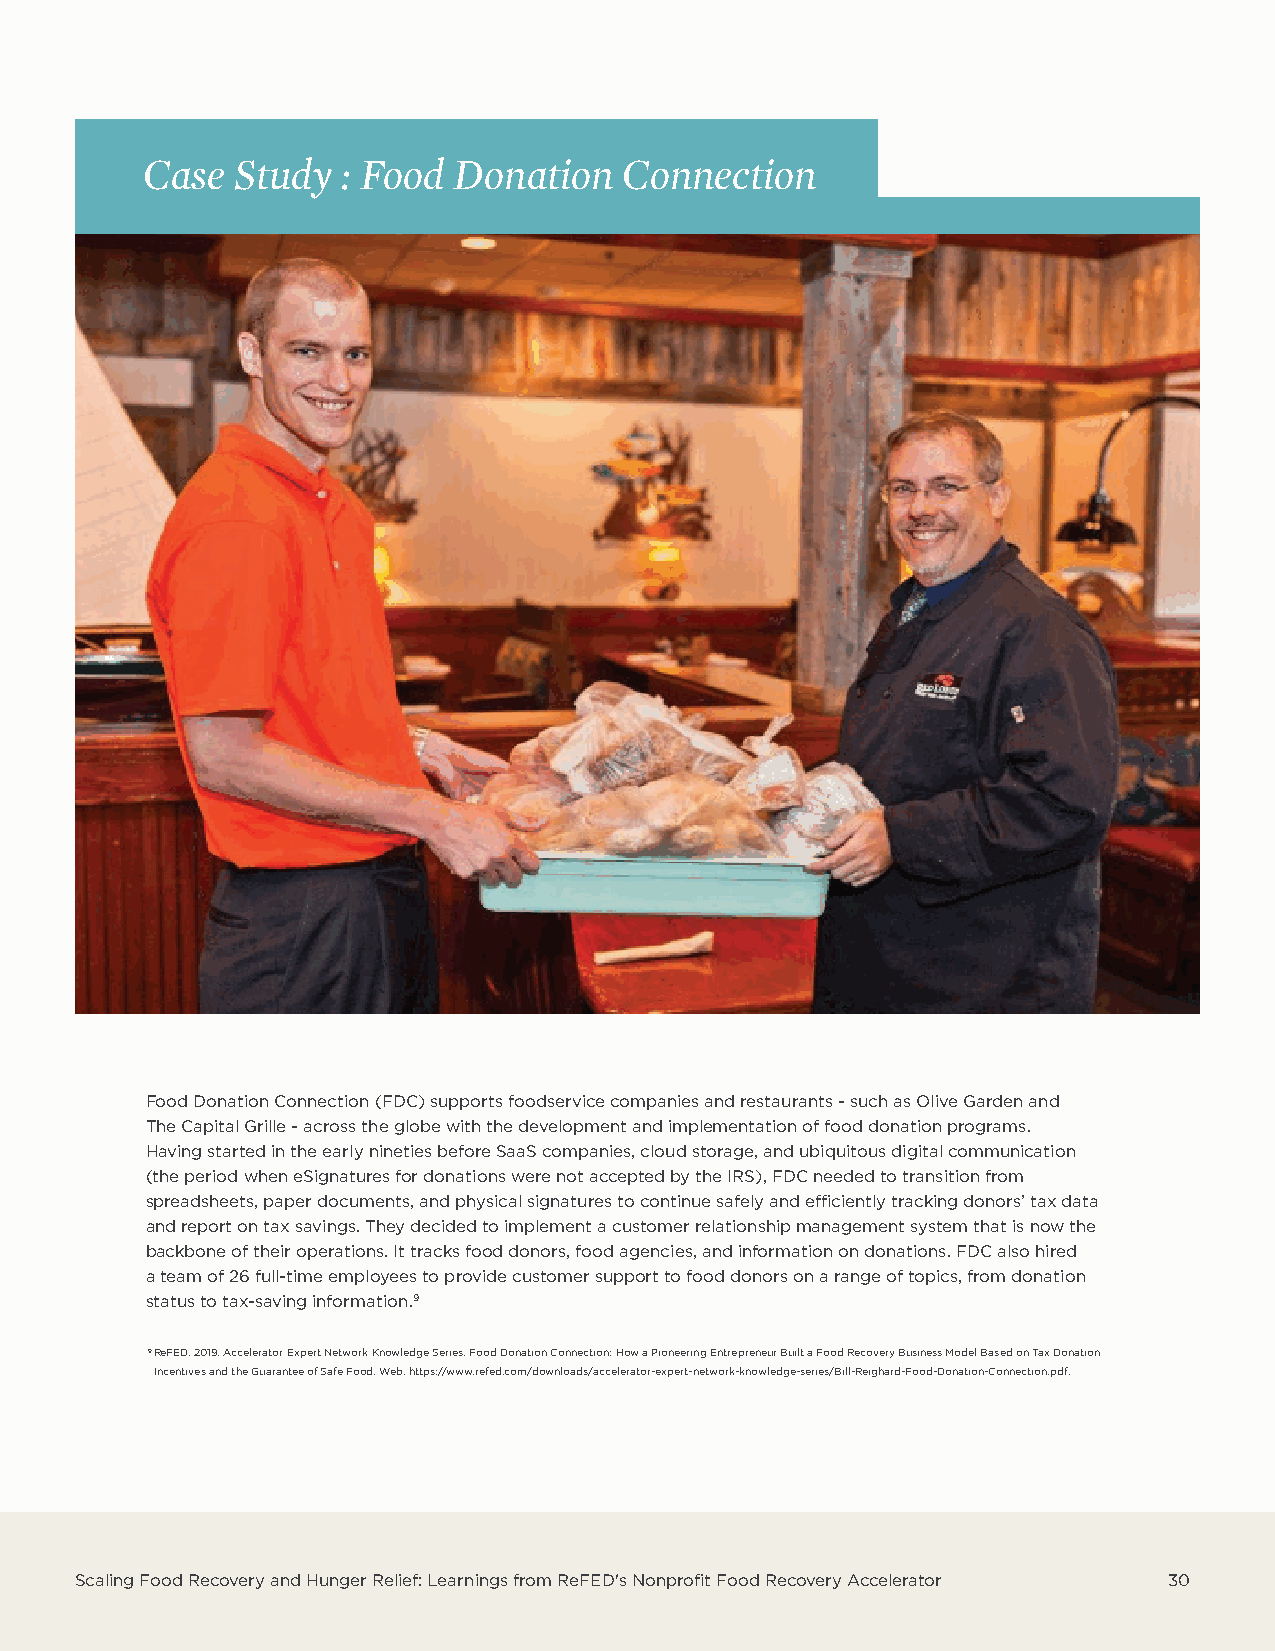
Case  Study   : Food Donation   Connection
 Food Donation Connection (FDC) supports foodservice companies and restaurants - such as Olive Garden and
 The Capital Grille - across the globe with the development and implementation of food donation programs.
 Having started in the early nineties before SaaS companies, cloud storage, and ubiquitous digital communication
 (the period when eSignatures for donations were not accepted by the IRS), FDC needed to transition from
 spreadsheets, paper documents, and physical signatures to continue safely and efficiently tracking donors’ tax data
 and report on tax savings. They decided to implement a customer relationship management system that is now the
 backbone of their operations. It tracks food donors, food agencies, and information on donations. FDC also hired
 a team of 26 full-time employees to provide customer support to food donors on a range of topics, from donation
 status to tax-saving information.9
 9 ReFED. 2019. Accelerator Expert Network Knowledge Series. Food Donation Connection: How a Pioneering Entrepreneur Built a Food Recovery Business Model Based on Tax Donation
 Incentives and the Guarantee of Safe Food. Web. https://www.refed.com/downloads/accelerator-expert-network-knowledge-series/Bill-Reighard-Food-Donation-Connection.pdf.
 Scaling Food Recovery and Hunger Relief: Learnings from ReFED's Nonprofit Food Recovery Accelerator 30